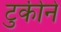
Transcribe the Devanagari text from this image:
टुकीने